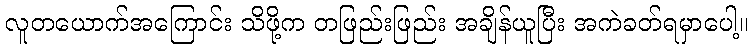
လူတယောက်အကြောင်း သိဖို့က တဖြည်းဖြည်း အချိန်ယူပြီး အကဲခတ်ရမှာပေါ့။